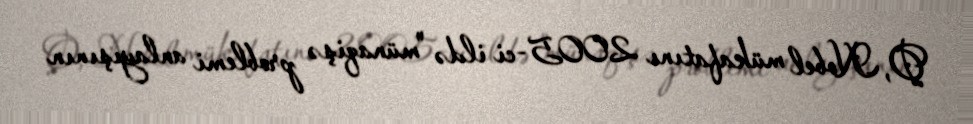
O, Nobel mükafatını 2005-ci ildə "münaqişə problemi anlayışının